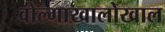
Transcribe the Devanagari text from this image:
वोल्गाखालोखाल